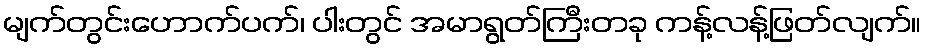
မျက်တွင်းဟောက်ပက်၊ ပါးတွင် အမာရွတ်ကြီးတခု ကန့်လန့်ဖြတ်လျက်။